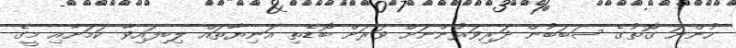
ހުންނަ ގޮތުގެ ސަބަބުން ދަރިވަރުންނަށް ވަރަށް ބޮޑެތި އަނިޔާތައް ލިބިފައިވާ ކަމަށާއި މީގެ